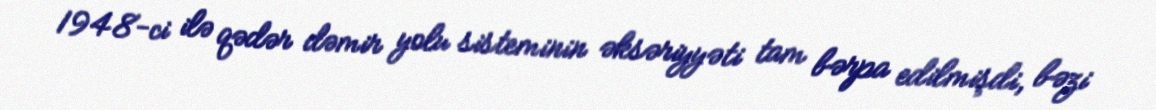
1948-ci ilə qədər dəmir yolu sisteminin əksəriyyəti tam bərpa edilmişdi, bəzi